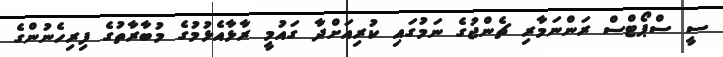
ސީ ސްޕޯޓްސް ރަންނަމާރި ޗެެންޖުގެ ނަމުގައި ކުރިއަށްދާ ގައުމީ ރާޅާއެޅުމުގެ މުބާރާތުގެ ފިރިހެނުންގެ